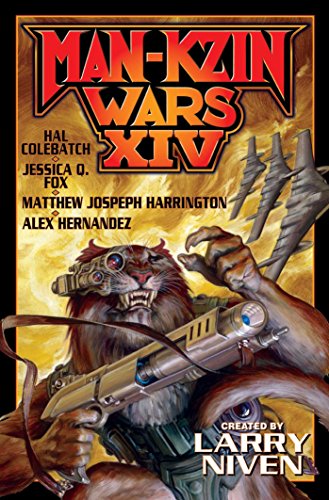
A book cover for Man-Kzin XIV (Man-Kzin Wars); Science Fiction & Fantasy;